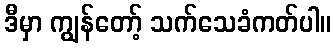
ဒီမှာ ကျွန်တော့် သက်သေခံကတ်ပါ။